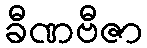
ခီဏဗီဇာ